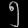
Digit: ၅